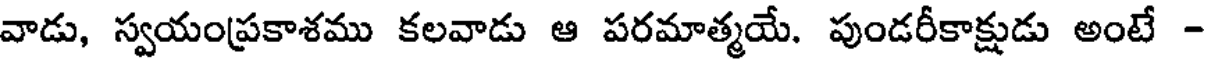
వాడు, స్వయంప్రకాశము కలవాడు ఆ పరమాత్మయే. పుండరీకాక్షుడు అంటే -